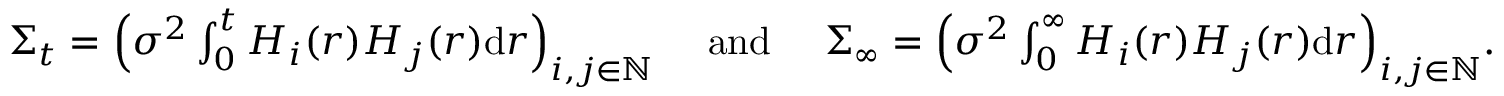
\begin{array} { r } { \Sigma _ { t } = \Big ( { \sigma ^ { 2 } } \int _ { 0 } ^ { t } H _ { i } ( r ) H _ { j } ( r ) \mathrm { d } r \Big ) _ { i , j \in \mathbb { N } } \quad \mathrm { ~ a n d ~ } \quad \Sigma _ { \infty } = \Big ( { \sigma ^ { 2 } } \int _ { 0 } ^ { \infty } H _ { i } ( r ) H _ { j } ( r ) \mathrm { d } r \Big ) _ { i , j \in \mathbb { N } } . } \end{array}